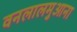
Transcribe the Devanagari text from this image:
वनलालमुआना